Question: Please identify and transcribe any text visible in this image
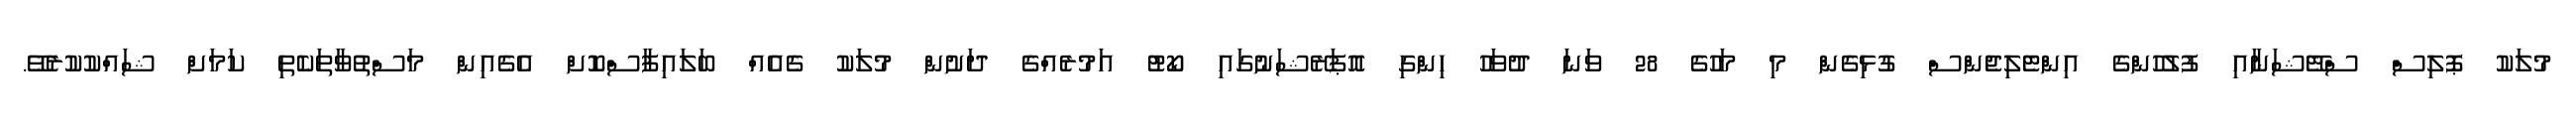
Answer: މުލަކު ޕޮލިސް ސްޓޭޝަނާއި ފުލުހުންގެ އިންޓެލިޖެންސް ގުޅިގެން މި މަހުގެ 28 ވަނަ ދުވަހު ހިންގި އޮޕަރޭޝަނުގައި ކޯޓު އަމުރެއްގެ ދަށުން މުލަކު ގެއެއް ބަލައިފާސްކޮށް އެގެއިން މަސްތުވާތަކެތި ކަމަށް ޝައްކުކުރެވޭ.